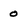
Character: 0